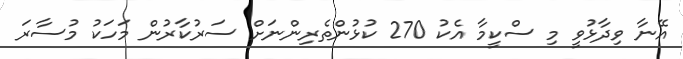
އޭނާ ވިދާޅުވީ މި ސްކީމާ އެކު 270 ކުޅުންތެރިންނަށް ސަރުކާރުން މަހަކު މުސާރަ